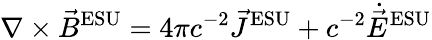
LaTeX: \nabla\times{\vec{B}}^{\mathrm{ESU}}=4\pi c^{-2}{\vec{J}}^{\mathrm{ESU}}+c^{-2}{\dot{\vec{E}}}^{\mathrm{ESU}}